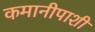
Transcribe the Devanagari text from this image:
कमानीपाशी